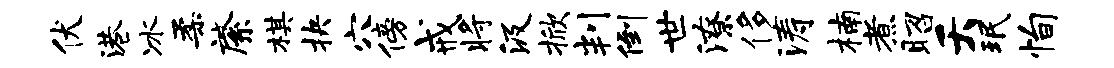
伏港冰柔綮棋抉穴傍戒将汲掀判倒世潦侈涛楠煮昭夭珉恂